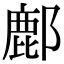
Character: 鄜